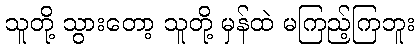
သူတို့ သွားတော့ သူတို့ မှန်ထဲ မကြည့်ကြဘူး